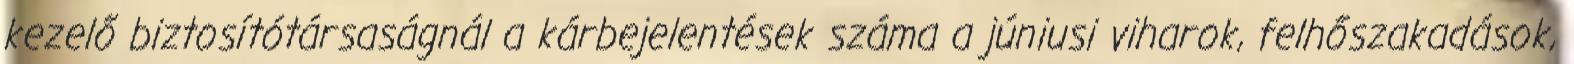
kezelő biztosítótársaságnál a kárbejelentések száma a júniusi viharok, felhőszakadások,